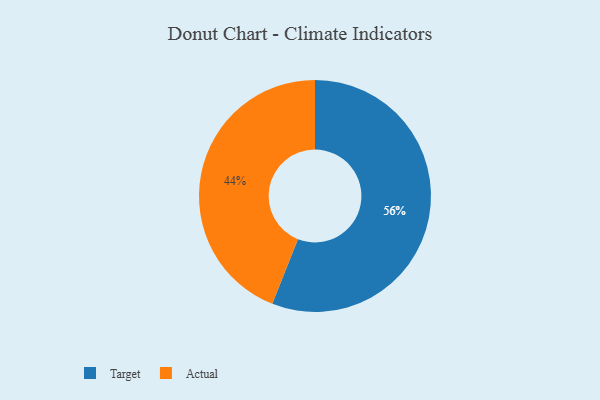
{"axis": {"x": "Category", "y": "Percentage"}, "legend": ["Actual", "Target"], "data": [{"x": "Target", "y": 56, "type": "Target"}, {"x": "Actual", "y": 44, "type": "Actual"}]}